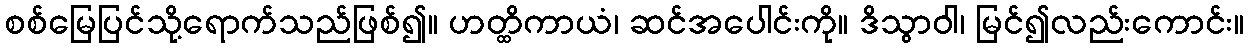
စစ်မြေပြင်သို့ရောက်သည်ဖြစ်၍။ ဟတ္ထိကာယံ၊ ဆင်အပေါင်းကို။ ဒိသွာဝါ၊ မြင်၍လည်းကောင်း။